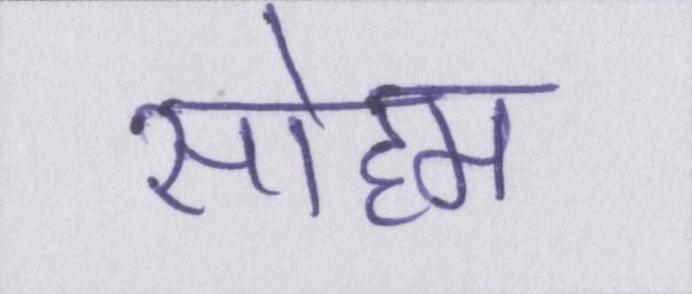
सोहम